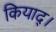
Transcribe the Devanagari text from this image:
कियाद्।